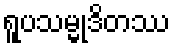
ရူပသမ္မုဒိတဿ